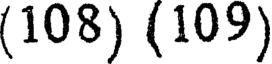
(108) (109)